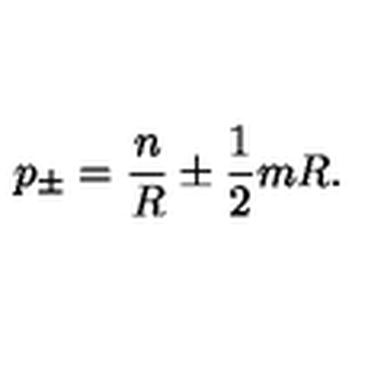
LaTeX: p _ { \pm } = \displaystyle \frac { n } { R } \pm \displaystyle \frac { 1 } { 2 } m R .